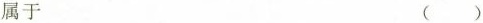
属于 ()